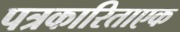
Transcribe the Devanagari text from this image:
पत्रकारिताएक